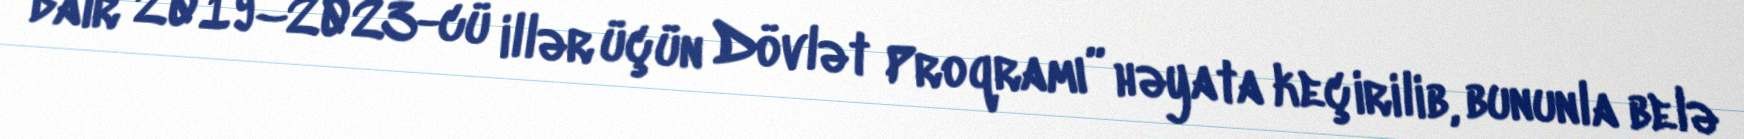
dair 2019–2023-cü illər üçün Dövlət Proqramı” həyata keçirilib, bununla belə